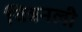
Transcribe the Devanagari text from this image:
चित्रनली